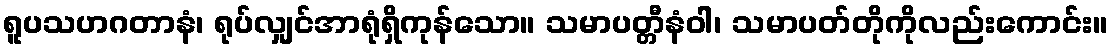
ရူပသဟဂတာနံ၊ ရုပ်လျှင်အာရုံရှိကုန်သော။ သမာပတ္တီနံဝါ၊ သမာပတ်တိုကိုလည်းကောင်း။